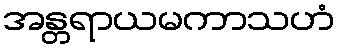
အန္တရာယမကာသဟံ